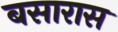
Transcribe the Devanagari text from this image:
बसारास